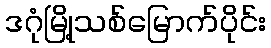
ဒဂုံမြို့သစ်မြောက်ပိုင်း